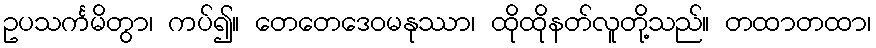
ဥပသင်္ကမိတွာ၊ ကပ်၍။ တေတေဒေဝမနုဿာ၊ ထိုထိုနတ်လူတို့သည်။ တထာတထာ၊